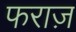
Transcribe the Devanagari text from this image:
फराज़